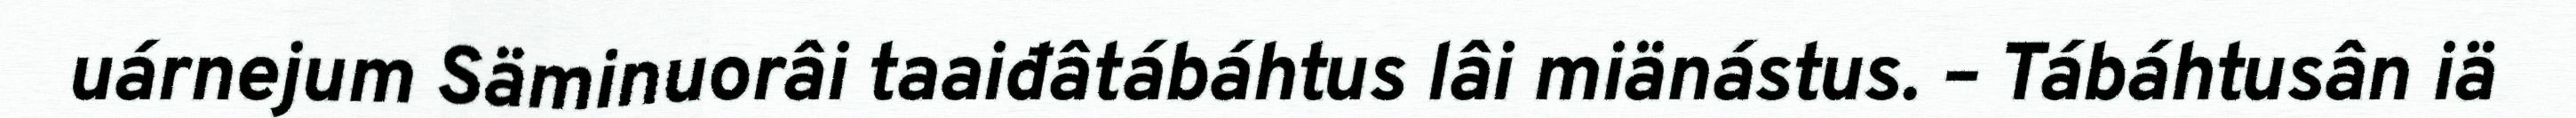
uárnejum Säminuorâi taaiđâtábáhtus lâi miänástus. – Tábáhtusân iä